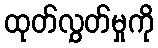
ထုတ်လွှတ်မှုကို